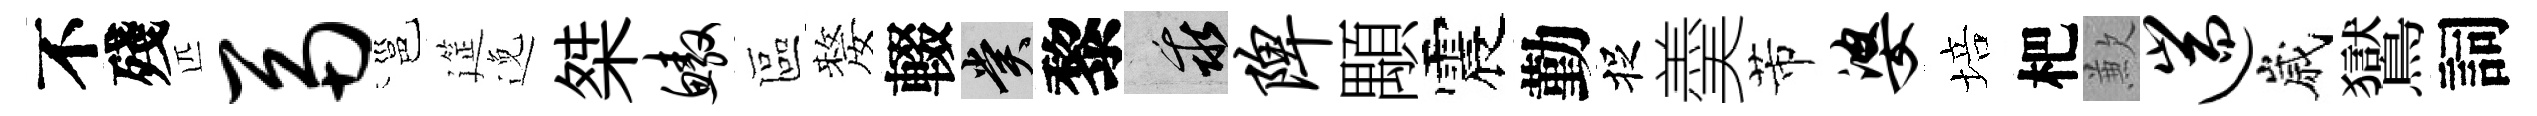
不殘匹鬲邕筵𨓜桀鳌區嫠輟賞黎乖陴顒震勤捉羮芾婆培杷歉遄嵗鸑詞